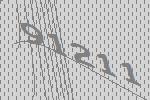
91211